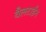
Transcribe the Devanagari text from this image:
वैलटाईन